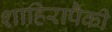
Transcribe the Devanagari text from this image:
शाहिरापैकी